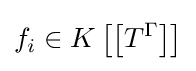
f_{i}\in K\left[\left[T^{\Gamma }\right]\right]